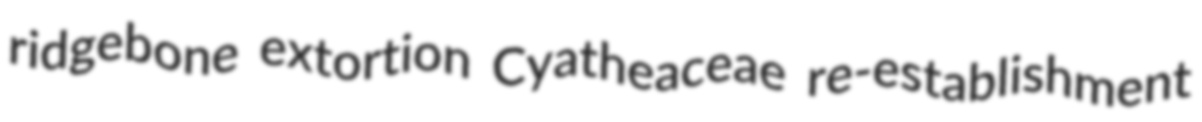
ridgebone extortion Cyatheaceae re-establishment